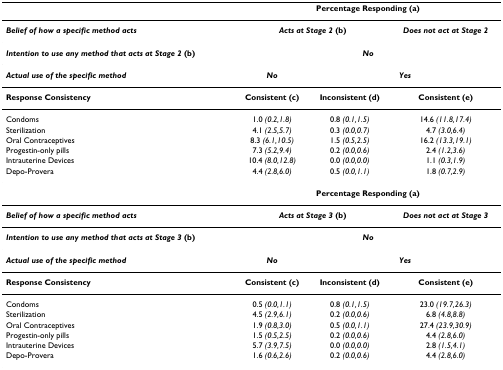
|  | <COLSPAN=3> Percentage Responding (a) |
 | --- | --- | --- | --- |
 | Belief of how a specific method acts | <COLSPAN=2> Acts at Stage 2 (b) | Does not act at Stage 2 |
 | Intention to use any method that acts at Stage 2 (b) | <COLSPAN=3> No |
 | Actual use of the specific method | No | <COLSPAN=2> Yes |
 | Response Consistency | Consistent (c) | Inconsistent (d) | Consistent (e) |
 | Condoms | 1.0 (0.2,1.8) | 0.8 (0.1,1.5) | 14.6 (11.8,17.4) |
 | Sterilization | 4.1 (2.5,5.7) | 0.3 (0.0,0.7) | 4.7 (3.0,6.4) |
 | Oral Contraceptives | 8.3 (6.1,10.5) | 1.5 (0.5,2.5) | 16.2 (13.3,19.1) |
 | Progestin-only pills | 7.3 (5.2,9.4) | 0.2 (0.0,0.6) | 2.4 (1.2,3.6) |
 | Intrauterine Devices | 10.4 (8.0,12.8) | 0.0 (0.0,0.0) | 1.1 (0.3,1.9) |
 | Depo-Provera | 4.4 (2.8,6.0) | 0.5 (0.0,1.1) | 1.8 (0.7,2.9) |
 |  | <COLSPAN=3> Percentage Responding (a) |
 | Belief of how a specific method acts | <COLSPAN=2> Acts at Stage 3 (b) | Does not act at Stage 3 |
 | Intention to use any method that acts at Stage 3 (b) | <COLSPAN=3> No |
 | Actual use of the specific method | No | <COLSPAN=2> Yes |
 | Response Consistency | Consistent (c) | Inconsistent (d) | Consistent (e) |
 | Condoms | 0.5 (0.0,1.1) | 0.8 (0.1,1.5) | 23.0 (19.7,26.3) |
 | Sterilization | 4.5 (2.9,6.1) | 0.2 (0.0,0.6) | 6.8 (4.8,8.8) |
 | Oral Contraceptives | 1.9 (0.8,3.0) | 0.5 (0.0,1.1) | 27.4 (23.9,30.9) |
 | Progestin-only pills | 1.5 (0.5,2.5) | 0.2 (0.0,0.6) | 4.4 (2.8,6.0) |
 | Intrauterine Devices | 5.7 (3.9,7.5) | 0.0 (0.0,0.0) | 2.8 (1.5,4.1) |
 | Depo-Provera | 1.6 (0.6,2.6) | 0.2 (0.0,0.6) | 4.4 (2.8,6.0) |